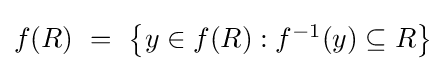
{\textstyle f(R)~=~\left\{y\in f(R):f^{-1}(y)\subseteq R\right\}}